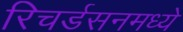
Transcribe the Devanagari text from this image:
रिचर्डसनमध्ये